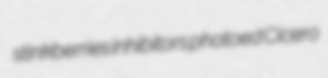
stinkberries inhibitors photoed Cicero